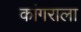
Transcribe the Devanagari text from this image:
कांगराला